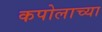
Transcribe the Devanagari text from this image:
कपोलाच्या